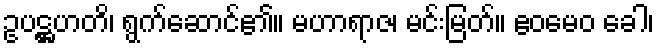
ဥပဋ္ဌဟတိ၊ ရွက်ဆောင်၏။ မဟာရာဇ၊ မင်းမြတ်။ ဧဝမေဝ ခေါ၊